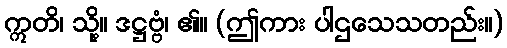
ဣတိ၊ သို့။ ဒဋ္ဌဗ္ဗံ၊ ၏။ (ဤကား ပါဌသေသတည်း။)